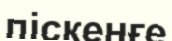
піскенғе